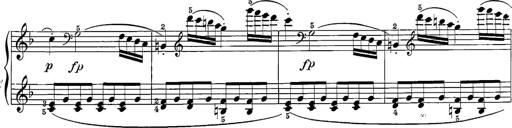
Title: 12 Sonatine per Pianoforte
Composer: Friedrich Kuhlau